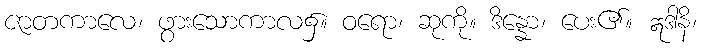
ဇာတကာလေ၊ ဖွားသောကာလ၌။ ဝရော၊ ဆုကို။ ဒိန္နော၊ ပေး၏။ ဣဒါနိ၊